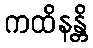
ကထိနန္တိ